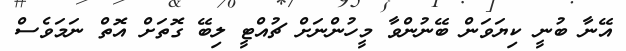
އޭނާ ބުނީ ކިޔަވަން ބޭނުންވާ މީހުންނަށް ޗުއްޓީ ލިބޭ ގޮތަށް އޮތް ނަމަވެސް